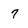
Character: 7